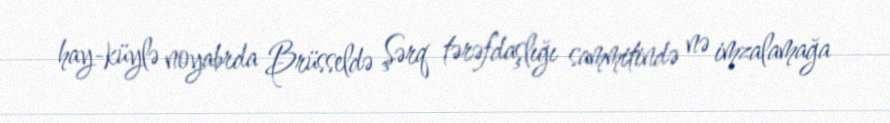
hay-küylə noyabrda Brüsseldə Şərq tərəfdaşlığı sammitində nə imzalamağa